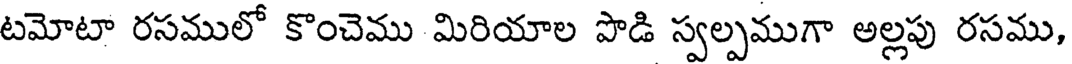
టమోటా రసములో కొంచెము మిరియాల పొడి స్వల్పముగా అల్లపు రసము,